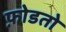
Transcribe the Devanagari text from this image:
फ़ोडतो